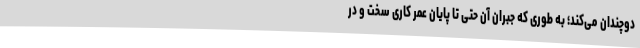
دوچندان می‌کند؛ به طوری که جبران آن حتی تا پایان عمر کاری سخت و در